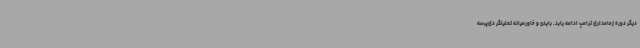
دیگر دوره زمامداری ترامپ ادامه یابد. بایدن و خاورمیانه تحلیلگر دی‌پرسه